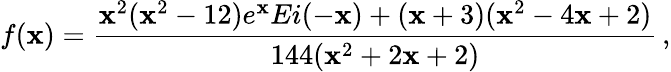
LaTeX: f(\mathbf{x})=\frac{{\mathbf{x}^{2}(\mathbf{x}^{2}-12)e^{\mathbf{x}}Ei(-\mathbf{x})+(\mathbf{x}+3)(\mathbf{x}^{2}-4\mathbf{x}+2)}}{{144(\mathbf{x}^{2}+2\mathbf{x}+2)}}\, ,